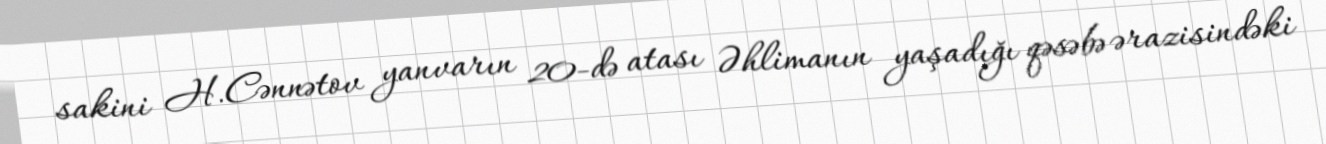
sakini H.Cənnətov yanvarın 20-də atası Əhlimanın yaşadığı qəsəbə ərazisindəki